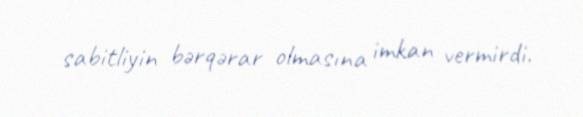
sabitliyin bərqərar olmasına imkan vermirdi.